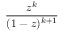
\frac { z ^ { k } } { ( 1 - z ) ^ { k + 1 } }